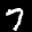
Label: 7